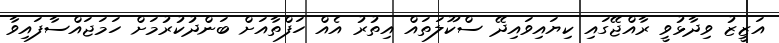
އަޒީޒު ވިދާޅުވީ ރާއްޖޭގައި ކިޔައިވައިދޭ ސްކޫލަތައް އިތުރު އެއް ހަފްތާއަށް ބަންދުކުރުމަށް ހަމަަޖައްސާފައިވާ